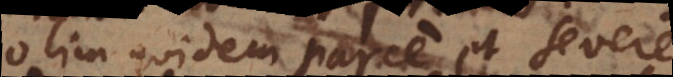
olim quidem parce et severe